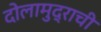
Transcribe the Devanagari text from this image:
दोलामुद्राची